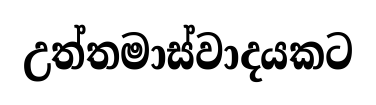
උත්තමාස්වාදයකට